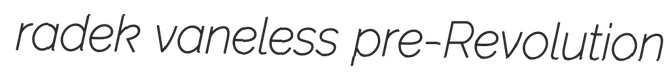
radek vaneless pre-Revolution